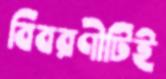
বিবরণীটিই